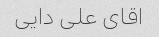
اقای علی دایی